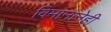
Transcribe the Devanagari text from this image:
विमानानेही